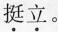
\underset{·}{挺}\underset{·}{立}。